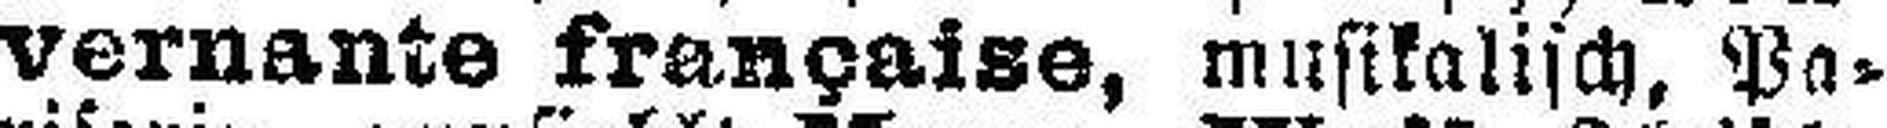
vernante française, musikalisch, Pa¬